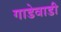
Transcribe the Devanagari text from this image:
गाडेवाडी